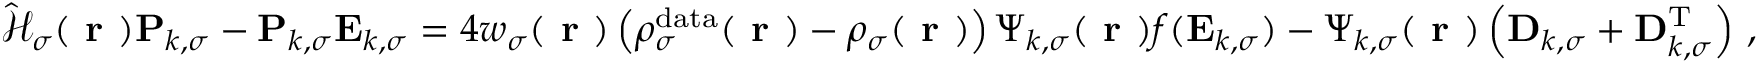
\hat { \mathcal { { H } } } _ { \sigma } ( \boldsymbol { \textbf { r } } ) \mathbf { P } _ { k , \sigma } - \mathbf { P } _ { k , \sigma } \mathbf { E } _ { k , \sigma } = 4 w _ { \sigma } ( \boldsymbol { \textbf { r } } ) \left( \rho _ { \sigma } ^ { \mathrm { d a t a } } ( \boldsymbol { \textbf { r } } ) - \rho _ { \sigma } ( \boldsymbol { \textbf { r } } ) \right) \boldsymbol { \Psi } _ { k , \sigma } ( \boldsymbol { \textbf { r } } ) f ( \mathbf { E } _ { k , \sigma } ) - \boldsymbol { \Psi } _ { k , \sigma } ( \boldsymbol { \textbf { r } } ) \left( \mathbf { D } _ { k , \sigma } + \mathbf { D } _ { k , \sigma } ^ { \mathrm { T } } \right) \, ,